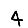
Digit: 4